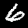
Digit: 6